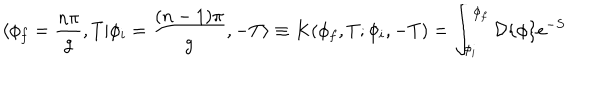
LaTeX: \langle \phi _ { f } = \frac { n \pi } { g } , T | \phi _ { i } = \frac { ( n - 1 ) \pi } { g } , - T \rangle \equiv K ( \phi _ { f } , T ; \phi _ { i } , - T ) = \int _ { \phi _ { i } } ^ { \phi _ { f } } { \cal D } \{ \phi \} e ^ { - S }